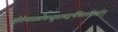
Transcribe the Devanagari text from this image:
भूतेशेष्वासखण्डिन्भृगुवरमदहृन्मैथिलानन्दकारिन्